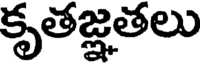
కృతజ్ఞతలు